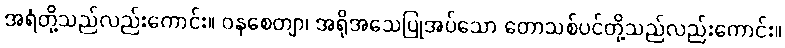
အရံတို့သည်လည်းကောင်း။ ဝနစေတျာ၊ အရိုအသေပြုအပ်သော တောသစ်ပင်တို့သည်လည်းကောင်း။